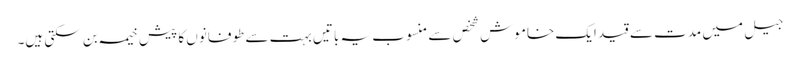
جیل میں مدت سے قید ایک خاموش شخص سے منسوب یہ باتیں بہت سے طوفانوں کا پیش خیمہ بن سکتی ہیں۔